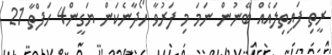
ރީތި ފައިތިލައެއް ބޭނުން ނަމަ މި ފަރުވާ ހޯދާނެކަން ޔަގީން4 ހަފްތާ 21